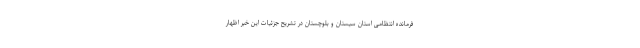
فرمانده انتظامی استان سیستان و بلوچستان در تشریح جزئیات این خبر اظهار